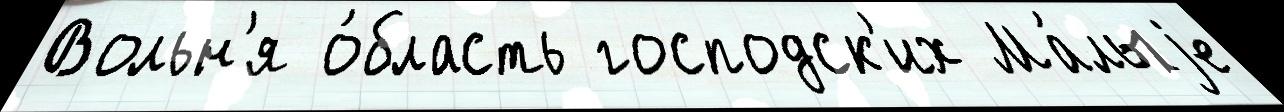
Вольн'я о́бласть господск'их Ма́лыjе